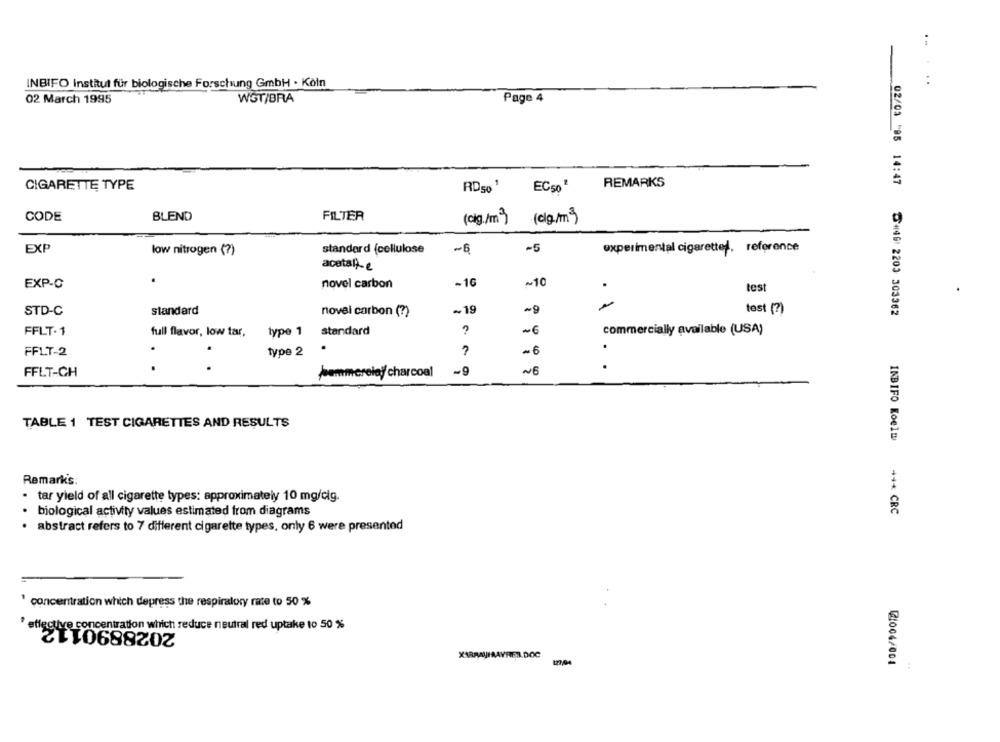
..
INBIFO Institut für biologische Forschung GmbH · Köln
02 March 1995
WGT/BRA
Page 4
REMARKS
CIGARETTE TYPE
RD50 1
EC50'
FILTER
CODE
BLEND
(cig./m )
(0g/m )
EXP
low nitrogen (?)
standard (cellulose
~6
-5
experimental cigarette, reference
acetalte
-16
~10
EXP-C
novel carbon
test
STD-C
standard
novel carbon (?)
~19
-9
test (?)
02/03 "95 14:47 +49: 2203 303362
FFLT-1
full flavor, low tar,
type 1
standard
~6
commercially available (USA)
FFLT-2
.
type 2
- 6
~9
NE
FFLT-CH
pommerelay charcoal
TABLE 1 TEST CIGARETTES AND RESULTS
INBIFO Koel:
Remark's
tar yield of all cigarette types: approximately 10 mg/clg.
biological activity values estimated from diagrams
+ ** CRC
abstract refers to 7 different cigarette types, only 6 were presented
' concentration which depress the respiratory rate to 50 %
2028890112
effective concentration which reduce neutral red uptake to 50 %
127,04
2004/001
: